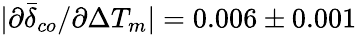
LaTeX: |\partial\bar{\delta}_{co}/\partial\Delta T_{m}|=0.006\pm 0.001